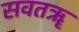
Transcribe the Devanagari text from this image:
सवतॠ